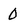
Character: 0